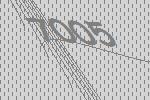
7005